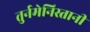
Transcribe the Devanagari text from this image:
तुर्नमेनिस्तानी